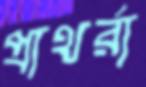
প্রাথর্রা